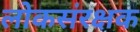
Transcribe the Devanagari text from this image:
लोकसंरक्षक